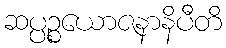
ဆပ္ပဉ္စယောဇနာနိပီတိ